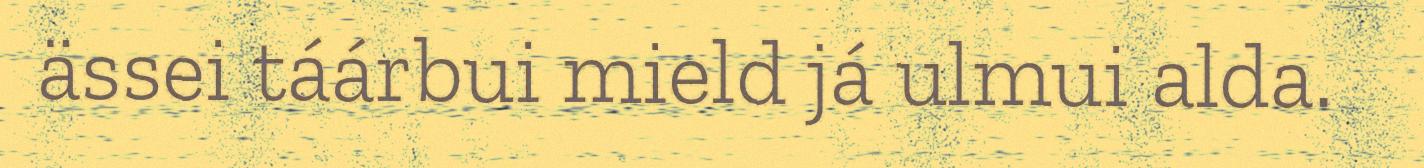
ässei táárbui mield já ulmui alda.